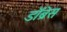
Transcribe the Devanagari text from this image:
डॉब्रेस